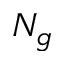
N _ { g }